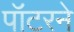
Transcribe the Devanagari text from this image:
पॉटरने